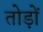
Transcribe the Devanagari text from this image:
तोड़ों